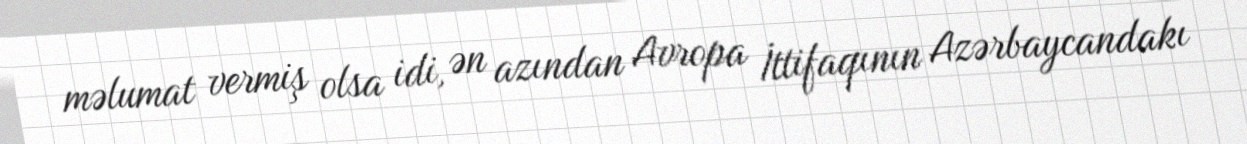
məlumat vermiş olsa idi, ən azından Avropa İttifaqının Azərbaycandakı